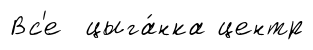
Вс'е цыга́нка центр